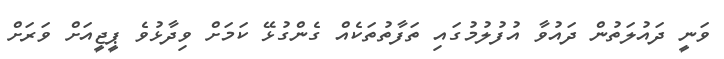
ވަނީ ދައުލަތުން ދައުވާ އުފުލުމުގައި ތަފާތުތަކެއް ގެންގުޅޭ ކަމަށް ވިދާޅުވެ ޕީޖީއަށް ވަރަށް